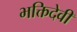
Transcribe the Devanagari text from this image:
भक्तिदेवी